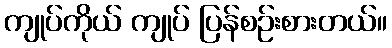
ကျုပ်ကိုယ် ကျုပ် ပြန်စဉ်းစားတယ်။